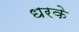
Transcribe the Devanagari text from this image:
धरके